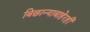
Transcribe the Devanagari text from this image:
बिछान्याबाहेरही